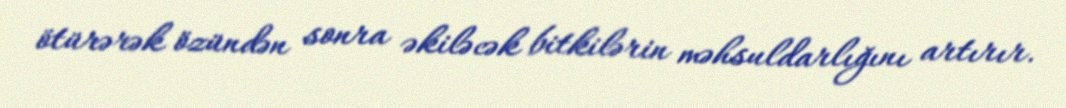
ötürərək özündən sonra əkiləcək bitkilərin məhsuldarlığını artırır.